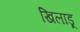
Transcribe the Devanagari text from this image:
खिलाडू